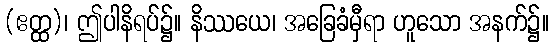
(ဧတ္ထ)၊ ဤပါနိရပ်၌။ နိဿယေ၊ အခြေခံမှီရာ ဟူသော အနက်၌။